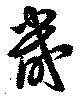
畿